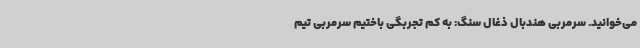
می‌خوانید. سرمربی هندبال ذغال سنگ: به کم تجربگی باختیم سرمربی تیم